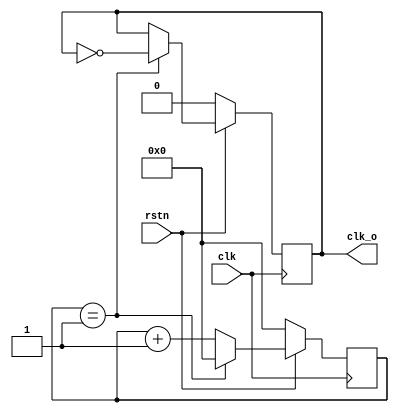
module clock_divider (
  input        clk,      
  input        rstn,     
  output       clk_o     
);

 parameter DV = 4;
  reg    clk_rg;         
  reg    [31:0] count;   

  always @(posedge clk) begin
    if (rstn == 1'b0) begin
      clk_rg <= 1'b0;
      count <= 32'd0;
    end
    else begin
      if (count == DV/2 - 1) begin
        count <= 32'd0;
        clk_rg <= ~clk_rg;
      end
      else begin
        count <= count + 1;
      end
    end
  end

  assign clk_o = clk_rg;

endmodule